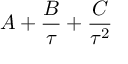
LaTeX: A + \frac { B } { \tau } + \frac { C } { \tau ^ { 2 } }